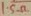
Text: 1.5Ω